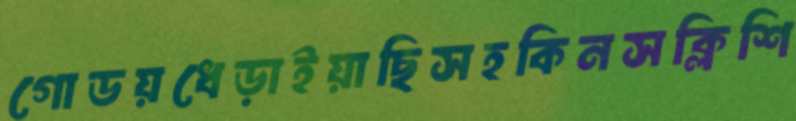
গোডয়ধেড়াইয়াছিসহকিনসক্লিশি